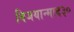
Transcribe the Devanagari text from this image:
विजयान्माद३०